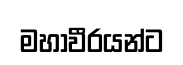
මහාවීරයන්ට